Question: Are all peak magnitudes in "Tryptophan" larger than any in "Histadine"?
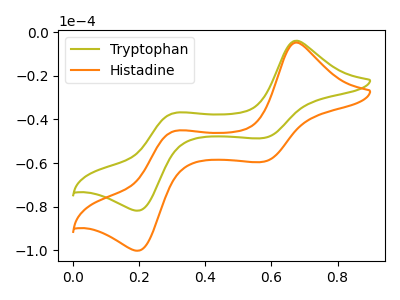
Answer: <think>The olive curve "Tryptophan" has anodic peaks at (0.70V, -3.80uA) (0.30V, -37.10uA) and cathodic peaks at (0.60V, -48.50uA) (0.20V, -81.85uA). The orange curve "Histadine" has anodic peaks at (0.70V, -4.70uA) (0.30V, -45.45uA) and cathodic peaks at (0.60V, -59.40uA) (0.20V, -100.25uA).</think>
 <answer>The peaks in "Tryptophan" are neither all higher or all lower than the peaks in "Histadine".</answer>
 <eval>mixed</eval>